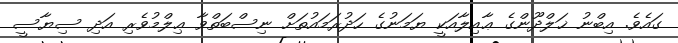
ގައެވެ. އިބްނު ޚަލްދޫންގެ ޢާއިލާއަކީ ޔަމަނުގެ ހަދުރަމައުތަށް ނިސްބަތްވާ ޢިލްމުވެރި އަދި ސިޔާސީ